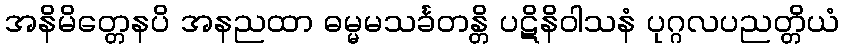
အနိမိတ္တေနပိ အနညထာ ဓမ္မမသင်္ခတန္တိ ပဋိနိဝါသနံ ပုဂ္ဂလပညတ္တိယံ